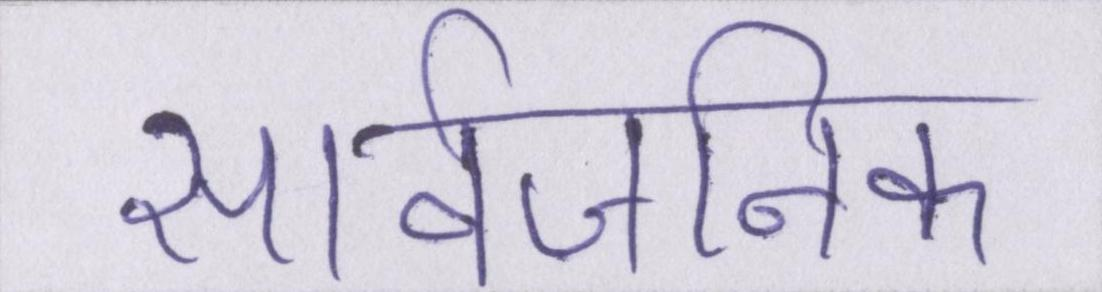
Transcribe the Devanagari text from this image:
सार्वजनिक